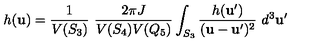
h ( { \bf u } ) = \frac { 1 } { V ( S _ { 3 } ) } \ \frac { 2 \pi J } { V ( S _ { 4 } ) V ( Q _ { 5 } ) } \int _ { S _ { 3 } } \frac { h ( { \bf u } ^ { \prime } ) } { ( { \bf u } - { \bf u } ^ { \prime } ) ^ { 2 } } \ d ^ { 3 } { \bf u } ^ { \prime }